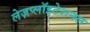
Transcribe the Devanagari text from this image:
लेज़प्लॉइटेशनल